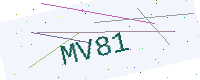
Text: MV81